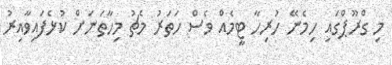
މި ގްރޫޕްގައި ހިމެނޭ ހުރިހާ ޓީމެއް ވެސް ހަތަރު މެޗު މިހާތަނަށް ކުޅެފައިވާއިރު